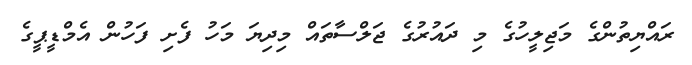
ރައްޔިތުންގެ މަޖިލީހުގެ މި ދައުރުގެ ޖަލްސާތައް މިދިޔަ މަހު ފެށި ފަހުން އެމްޑީޕީގެ